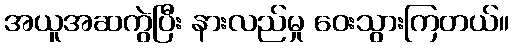
အယူအဆကွဲပြီး နားလည်မှု ဝေးသွားကြတယ်။